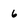
Character: 6